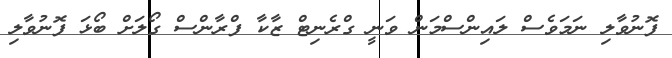
ފޮނުވާލި ނަމަވެސް ލައިންސްމަން ވަނީ ގްރެނިޓް ޒާކާ ފްރާންސް ގޯލަށް ބޯޅަ ފޮނުވާލި